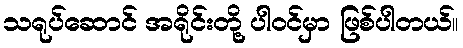
သရုပ်ဆောင် အရိုင်းတို့ ပါဝင်မှာ ဖြစ်ပါတယ်။